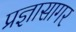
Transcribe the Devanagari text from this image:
प्रज्ञासागर